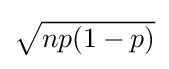
{\textstyle {\sqrt {np(1-p)}}}